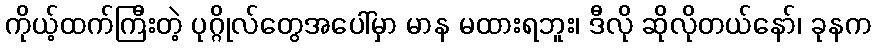
ကိုယ့်ထက်ကြီးတဲ့ ပုဂ္ဂိုလ်တွေအပေါ်မှာ မာန မထားရဘူး၊ ဒီလို ဆိုလိုတယ်နော်၊ ခုနက